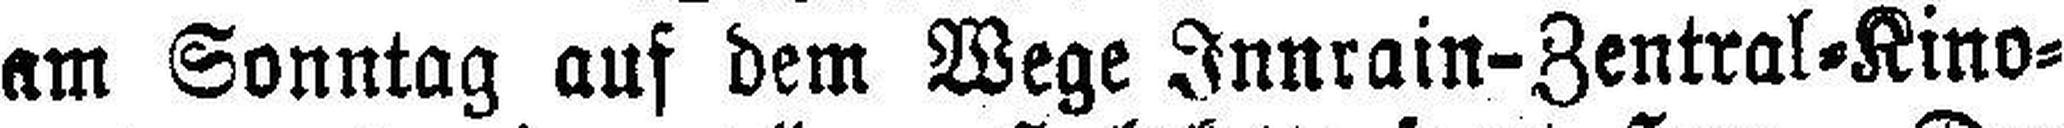
am Sonntag auf dem Wege Innrain-Zentral=Kino¬